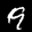
Label: 9